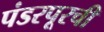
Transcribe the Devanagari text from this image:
पंडरपूरची